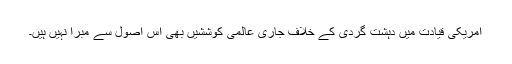
امريکی قيادت ميں دہشت گردی کے خلاف جاری عالمی کوششيں بھی اس اصول سے مبرا نہيں ہيں۔